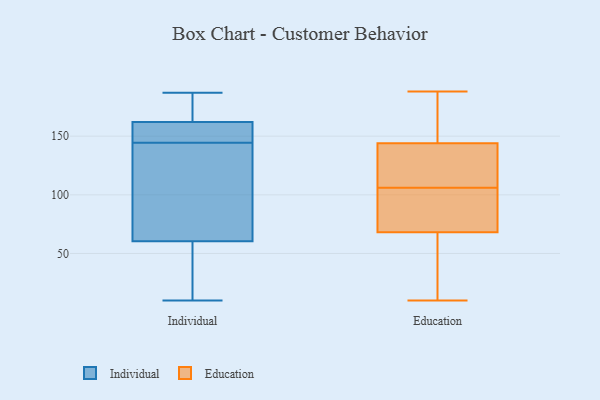
{"axis": {"x": "Temperature (°C)", "y": "Value"}, "legend": ["Education", "Individual"], "data": [{"x": "", "y": 85, "type": "Individual"}, {"x": "", "y": 146, "type": "Individual"}, {"x": "", "y": 73, "type": "Individual"}, {"x": "", "y": 173, "type": "Individual"}, {"x": "", "y": 187, "type": "Individual"}, {"x": "", "y": 149, "type": "Individual"}, {"x": "", "y": 144, "type": "Individual"}, {"x": "", "y": 180, "type": "Individual"}, {"x": "", "y": 145, "type": "Individual"}, {"x": "", "y": 42, "type": "Individual"}, {"x": "", "y": 20, "type": "Individual"}, {"x": "", "y": 178, "type": "Individual"}, {"x": "", "y": 107, "type": "Individual"}, {"x": "", "y": 52, "type": "Individual"}, {"x": "", "y": 10, "type": "Individual"}, {"x": "", "y": 167, "type": "Individual"}, {"x": "", "y": 31, "type": "Individual"}, {"x": "", "y": 157, "type": "Individual"}, {"x": "", "y": 145, "type": "Individual"}, {"x": "", "y": 69, "type": "Individual"}, {"x": "", "y": 165, "type": "Education"}, {"x": "", "y": 151, "type": "Education"}, {"x": "", "y": 108, "type": "Education"}, {"x": "", "y": 122, "type": "Education"}, {"x": "", "y": 102, "type": "Education"}, {"x": "", "y": 142, "type": "Education"}, {"x": "", "y": 30, "type": "Education"}, {"x": "", "y": 104, "type": "Education"}, {"x": "", "y": 144, "type": "Education"}, {"x": "", "y": 38, "type": "Education"}, {"x": "", "y": 10, "type": "Education"}, {"x": "", "y": 138, "type": "Education"}, {"x": "", "y": 103, "type": "Education"}, {"x": "", "y": 98, "type": "Education"}, {"x": "", "y": 68, "type": "Education"}, {"x": "", "y": 151, "type": "Education"}, {"x": "", "y": 188, "type": "Education"}, {"x": "", "y": 48, "type": "Education"}]}